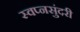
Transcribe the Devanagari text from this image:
स्वप्नसुंदरी